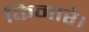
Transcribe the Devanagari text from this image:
किनारे।